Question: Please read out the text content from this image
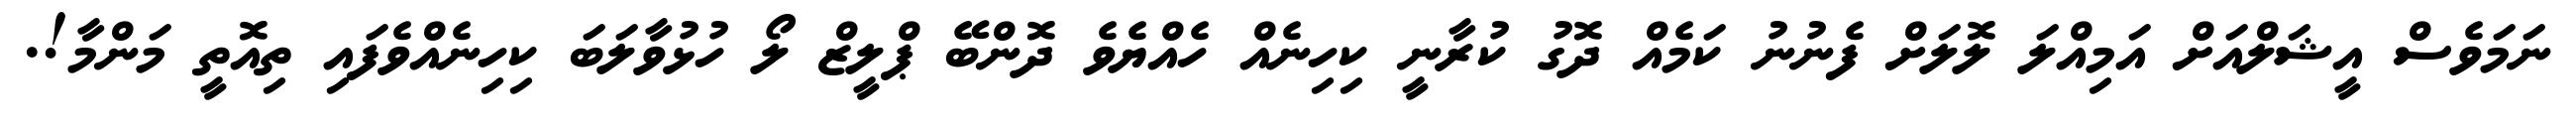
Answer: ނަމަވެސް އީޝަލްއަށް އަމިއްލަ ލޮލަށް ފެނުނު ކަމެއް ދޮގު ކުރާނީ ކިހިނެއް ހެއްޔެވެ ދޮންބޭ ޕްލީޒް ލޯ ހުޅުވާލަބަ ކިހިނެއްވެފައި ތިއޮތީ މަންމާ!.